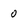
Character: 0